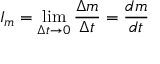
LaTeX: I _ { m } = \operatorname* { l i m } _ { \Delta t \rightarrow 0 } { \frac { \Delta m } { \Delta t } } = { \frac { d m } { d t } }